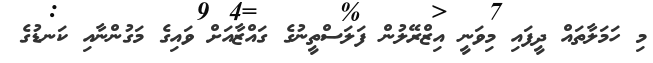
މި ހަމަލާތައް ދީފައި މިވަނީ އިޒްރޭލުން ފަލަސްތީނުގެ ގައްޒާއަށް ވައިގެ މަގުންނާއި ކަނޑުގެ